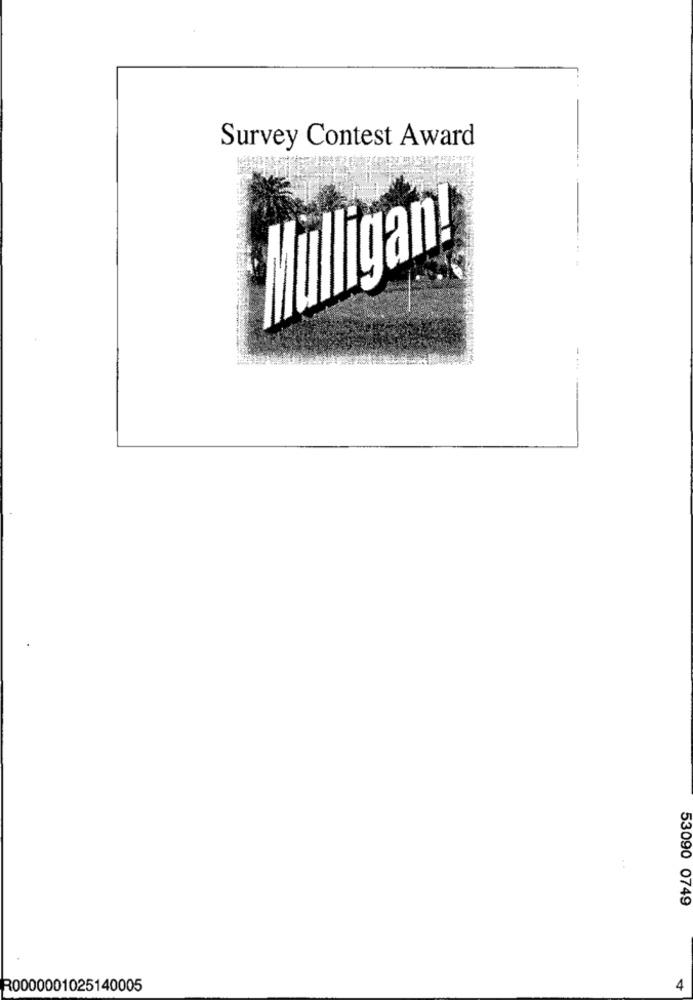
Survey Contest Award
Mulligan!
53090 0749
R0000001025140005
4